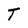
Character: T